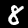
Digit: 8